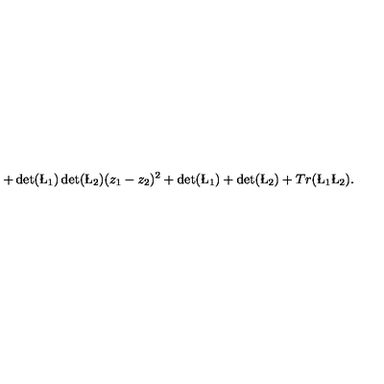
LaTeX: + \det ( \L _ { 1 } ) \det ( \L _ { 2 } ) ( z _ { 1 } - z _ { 2 } ) ^ { 2 } + \det ( \L _ { 1 } ) + \det ( \L _ { 2 } ) + T r ( \L _ { 1 } \L _ { 2 } ) .